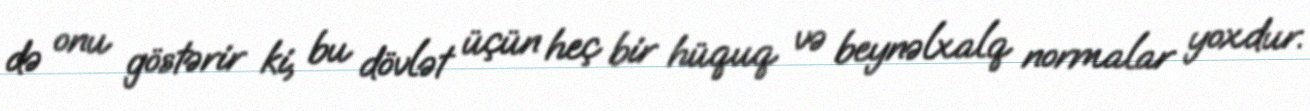
də onu göstərir ki, bu dövlət üçün heç bir hüquq və beynəlxalq normalar yoxdur.